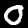
Digit: 0